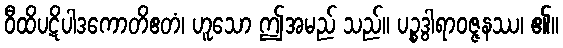
ဝီထိပဋိပါဒကောတိဧတံ၊ ဟူသော ဤအမည် သည်။ ပဉ္စဒွါရာဝဇ္ဇနဿ၊ ၏။